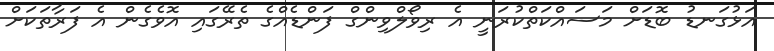
އަޅުގަނޑު ބޮޑަށް މަސައްކަތްކުރަނީ އެ ރިވޯލްވިންގް ފަންޑެއްގެ ތެރޭގައި އޮވެގެން އެ ފަރާތަކަށް